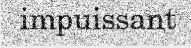
impuissant